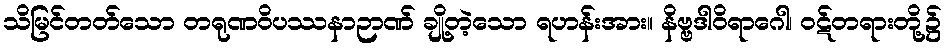
သိမြင်တတ်သော တရုဏဝိပဿနာဉာဏ် ချို့တဲ့သော ရဟန်းအား။ နိဗ္ဗဒါဝိရာဂေါ၊ ဝဋ်တရားတို့၌